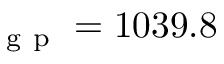
_ \mathrm { ~ g ~ p ~ } = 1 0 3 9 . 8